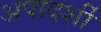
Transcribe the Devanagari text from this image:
अपादर्शी